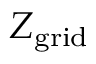
Z _ { \mathrm { g r i d } }